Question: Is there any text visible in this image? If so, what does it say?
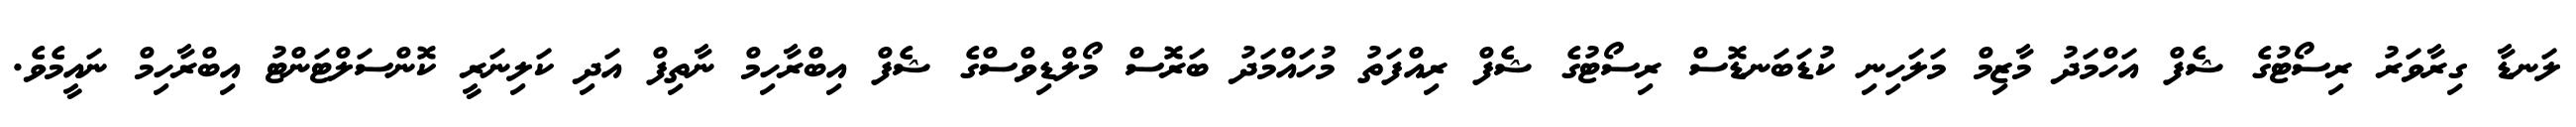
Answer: ލަނޑާ ގިރާވަރު ރިސޯޓުގެ ޝެފް އަހްމަދު މާޒިމް މަލަހިނި ކުޑަބަނޑޮސް ރިސޯޓުގެ ޝެފް ރިއްފަތު މުހައްމަދު ބަރޮސް މޯލްޑިވްސްގެ ޝެފް އިބްރާހިމް ނާތިފް އަދި ކަލިނަރީ ކޮންސަލްޓަންޓު އިބްރާހިމް ނައީމެވެ.